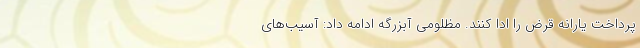
پرداخت یارانه قرض را ادا کنند. مظلومی آبزرگه ادامه داد: آسیب‌های